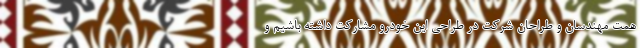
همت مهندسان و طراحان شرکت در طراحی این خودرو مشارکت داشته باشیم و